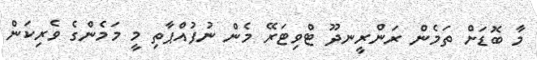
މާ ބޮޑަށް ތަމެން ރަންރީނދޫ ޓްވިޓަރޭ މެން ނުފުއްޕާތި މީ މަމެންގެ ވެރިކަން